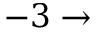
- 3 \to